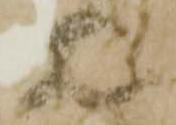
石